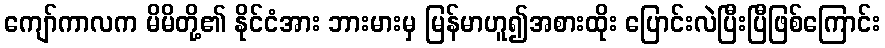
ကျော်ကာလက မိမိတို့၏ နိုင်ငံအား ဘားမားမှ မြန်မာဟူ၍အစားထိုး ပြောင်းလဲပြီးပြီဖြစ်ကြောင်း